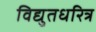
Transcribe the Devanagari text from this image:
विद्युतधरित्र